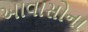
આવાસોના